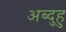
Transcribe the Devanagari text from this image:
अब्दुहु